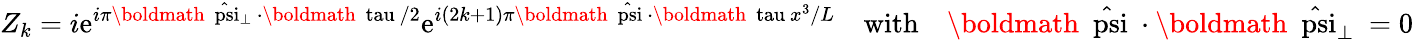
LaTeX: Z_{k}=i\mathrm{e}^{i\pi\mathrm{{\boldmath~\hat{{\scriptstyle\ psi}}\scriptstyle_{\perp}~}}\cdot\mathrm{{\boldmath~\scriptstyle\ tau~}}/2}\mathrm{e}^{i(2k+1)\pi\mathrm{{\boldmath~\hat{{\scriptstyle\ psi}}~}}\cdot\mathrm{{\boldmath~\scriptstyle\ tau~}}x^{3}/L}\quad\mathrm{{with}}\quad\mathrm{{\boldmath~\hat{{\ psi}}~}}\cdot\mathrm{{\boldmath~\hat{{\ psi}}_{\perp}~}}=0